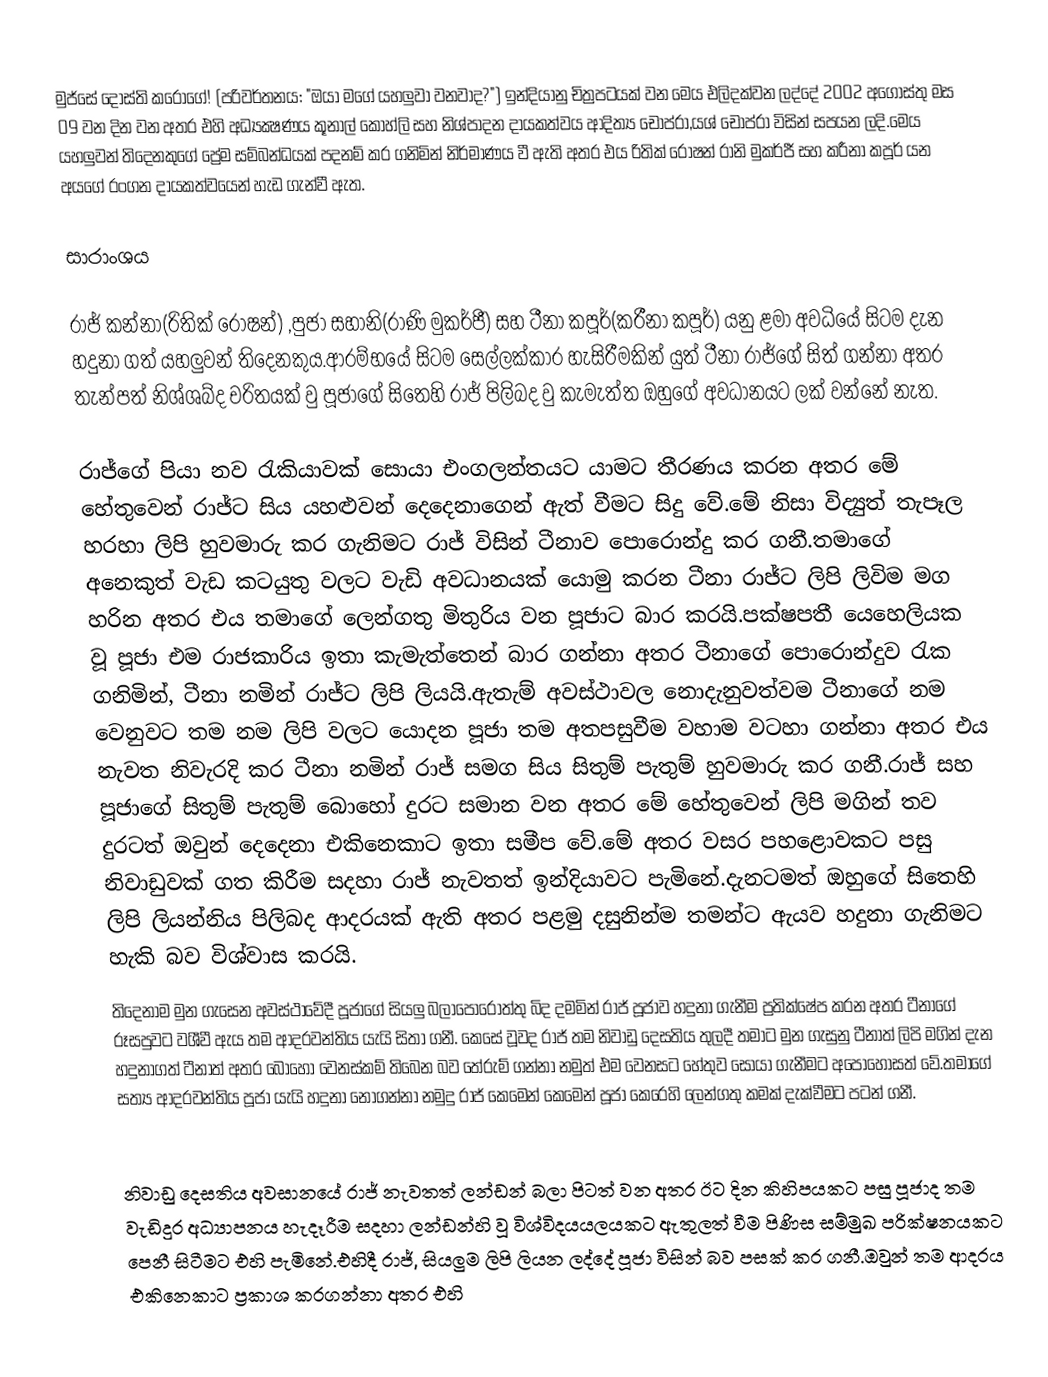
මුජ්සේ දෝස්ති කරෝගේ! (පරිවර්තනය: "ඔයා මගේ යහලුවා වනවාද?") ඉන්දියානු චිත්‍රපටයක් වන මෙය එලිදක්වන ලද්දේ 2002 අගෝස්තු මස 09 වන දින වන අතර එහි අධ්‍යක්‍ෂණය කූනාල් කොහ්ලි  සහ නිශ්පාදන දායකත්වය ආදිත්‍ය චොප්රා,යශ් චොප්රා විසින් සපයන ලදි.මෙය යහලුවන් තිදෙනකුගේ ප්‍රේම සම්බන්ධයක් පදනම් කර ගනිමින් නිර්මාණය වී ඇති අතර එය රිතික් රෝෂන් රානි මුකර්ජී සහ කරීනා කපූර් යන අයගේ රංගන දායකත්වයෙන් හැඩ ගැන්වී ඇත.

සාරාංශය

රාජ් කන්නා(රිතික් රෝෂන්) ,පුජා සහානි(රාණි මුකර්ජී) සහ ටීනා කපූර්(කරීනා කපූර්) යනු ළමා අවධියේ සිටම දැන හදුනා ගත් යහලුවන් තිදෙනකුය.ආරම්භයේ සිටම  සෙල්ලක්කාර හැසිරීමකින් යුත් ටීනා  රාජ්ගේ සිත් ගන්නා අතර තැන්පත් නිශ්ශබ්ද චරිතයක් වු පූජාගේ සිතෙහි රාජ් පිලිබද වු කැමැත්ත ඔහුගේ අවධානයට ලක් වන්නේ නැත.

රාජ්ගේ පියා නව රැකියාවක් සොයා එංගලන්තයට යාමට තීරණය කරන අතර මේ හේතුවෙන් රාජ්ට සිය යහළුවන් දෙදෙනාගෙන් ඇත් වීමට සිදු වේ.මේ නිසා විද්‍යුත් තැපෑල හරහා ලිපි හුවමාරු කර ගැනිමට රාජ් විසින් ටීනාව පොරොන්දු කර ගනී.තමාගේ අනෙකුත් වැඩ කටයුතු වලට වැඩි අවධානයක් යොමු කරන ටීනා රාජ්ට ලිපි ලිවිම මග හරින අතර එය තමාගේ ලෙන්ගතු මිතුරිය වන පූජාට බාර කරයි.පක්ෂපතී යෙහෙලියක වූ පූජා එම රාජකාරිය  ඉතා කැමැත්තෙන් බාර ගන්නා අතර ටීනාගේ පොරොන්දුව රැක ගනිමින්, ටීනා නමින් රාජ්ට ලිපි ලියයි.ඇතැම් අවස්ථාවල නොදැනුවත්වම ටීනාගේ නම වෙනුවට තම නම ලිපි වලට යොදන පූජා තම අතපසුවීම වහාම වටහා ගන්නා අතර එය නැවත නිවැරදි කර ටීනා නමින් රාජ් සමග සිය සිතුම් පැතුම් හුවමාරු කර ගනී.රාජ් සහ පූජාගේ සිතුම් පැතුම් බොහෝ දුරට සමාන වන අතර මේ හේතුවෙන් ලිපි මගින් තව දුරටත් ඔවුන් දෙදෙනා එකිනෙකාට ඉතා සමීප වේ.මේ අතර වසර පහළොවකට පසු නිවාඩුවක් ගත කිරීම සදහා රාජ් නැවතත් ඉන්දියාවට පැමිනේ.දැනටමත් ඔහුගේ සිතෙහි ලිපි ලියන්නිය පිලිබද ආදරයක් ඇති අතර පළමු දසුනින්ම තමන්ට ඇයව හදුනා ගැනිමට හැකි බව විශ්වාස කරයි.
තිදෙනාම මුන ගැසෙන අවස්ථාවේදී පූජාගේ සියලු බලාපොරොත්තු බිද දමමින් රාජ් පූජාව හදුනා ගැනීම ප්‍රතික්ෂේප කරන අතර ටීනාගේ රූසපුවට වශීවී ඇය තම ආදරවන්තිය යැයි සිතා ගනී. කෙසේ වූවද රාජ් තම නිවාඩු දෙසතිය තුලදී තමාට මුන ගැසුනු ටීනාත් ලිපි මගින් දැන හදුනාගත් ටීනාත් අතර බොහෝ වෙනස්කම් තිබෙන බව තේරුම් ගන්නා නමුත් එම වෙනසට හේතුව සොයා ගැනීමට අපොහොසත් වේ.තමාගේ සත්‍ය ආදරවන්තිය පූජා යැයි හදුනා නොගන්නා නමුදු රාජ් කෙමෙන් කෙමෙන් පූජා කෙරෙහි ලෙන්ගතු කමක් දැක්වීමට පටන් ගනී.

නිවාඩු දෙසතිය අවසානයේ රාජ් නැවතත් ලන්ඩන් බලා පිටත් වන අතර ඊට දින කිහිපයකට පසු පූජාද තම වැඩිදුර අධ්‍යාපනය හැදෑරීම සදහා ලන්ඩන්හි වූ විශ්විදයයලයකට ඇතුලත් වීම පිණිස සම්මුඛ පරික්ෂනයකට පෙනී සිටීමට එහි පැමිනේ.එහිදී රාජ්, සියලුම ලිපි ලියන ලද්දේ පූජා විසින් බව පසක් කර ගනී.ඔවුන් තම ආදරය එකිනෙකාට ප්‍රකාශ කරගන්නා අතර එහි